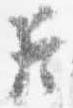
臣